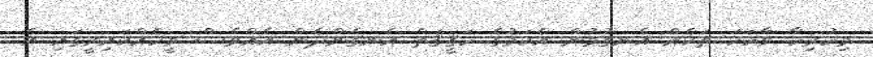
މިހުރިހާ ވާހަކަ ތަކެއް އެނގުމުން އެކަމުގެ ހަޤީޤަތް އެނގެންދެން އެއްވެސް މީހެއްކައިރީގައި އެ